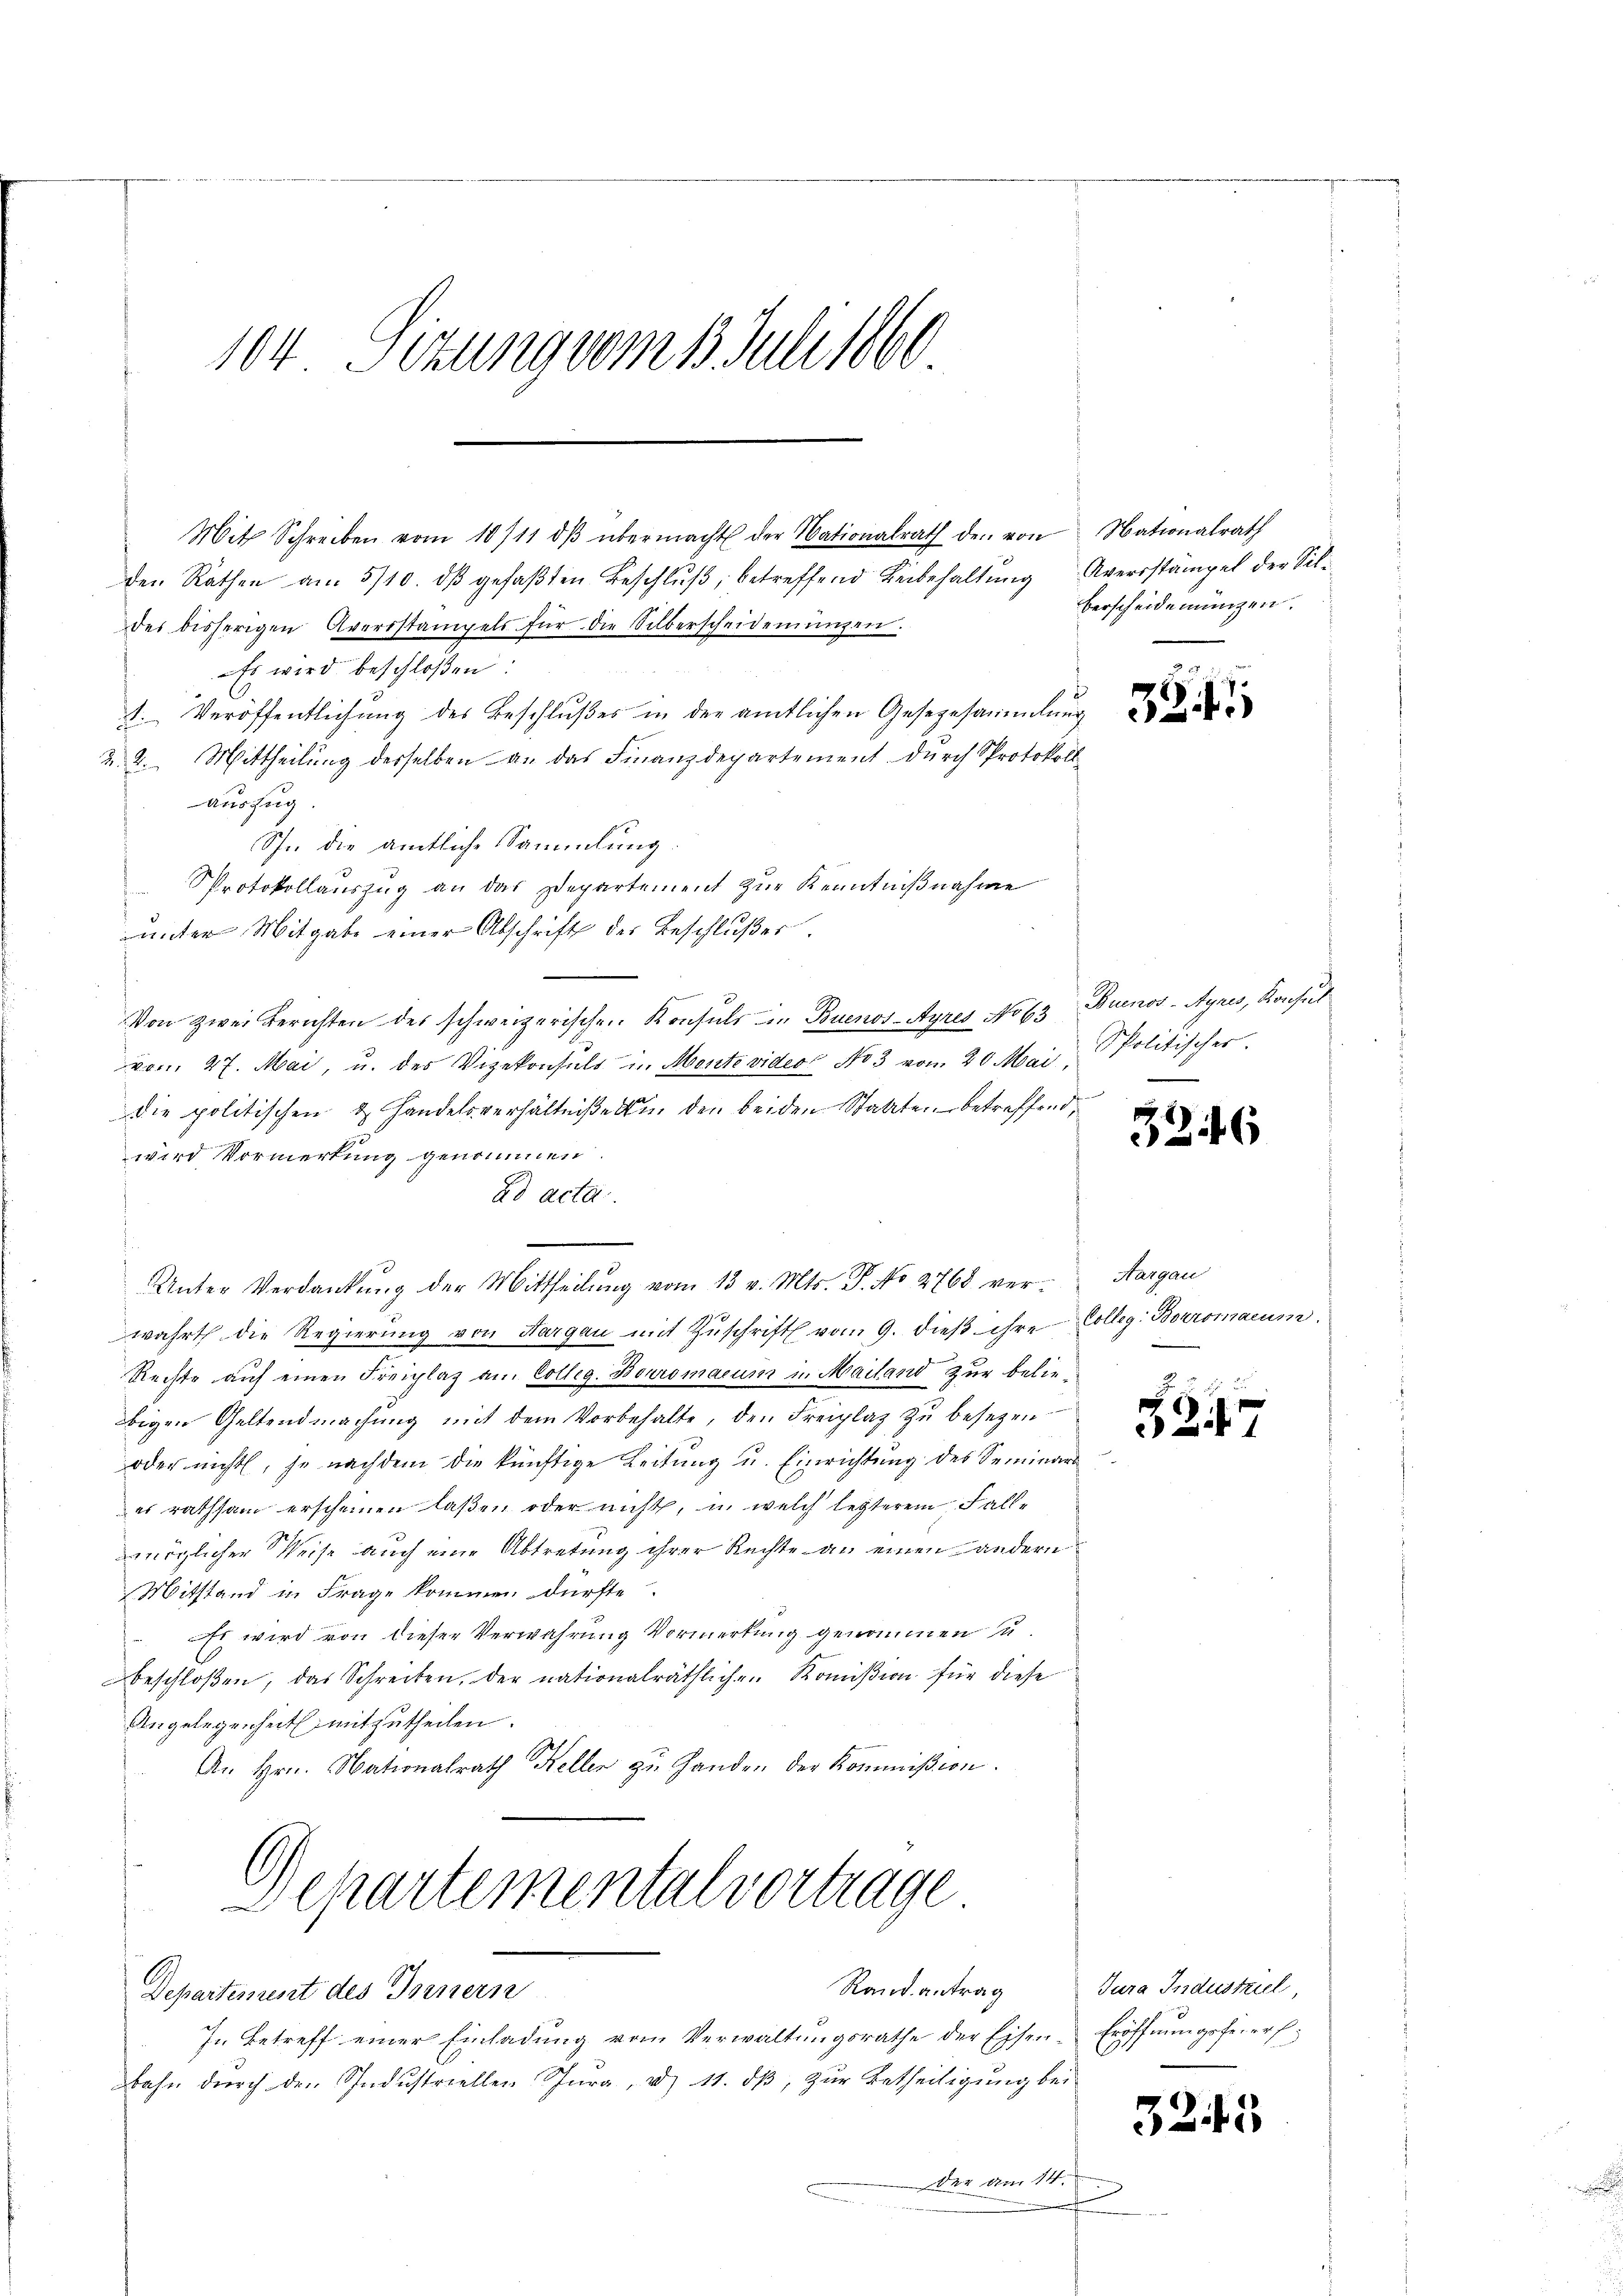
104 Sizung vom 1. Juli 1860

den Räthen am 5/10. dβ gefaβten Beschluß, betreffend Beibehaltung Averstämpel der Sildes bisherigen Averstampels für die Silberscheidenŭngen.
Es wird beschloßen:
1. Veröffentlichŭng des Beschlŭβes in der amtlichen Gesezesammlung
2. 2. Mittheilung derselben an das Finanzdepartement durch Protokoll
auszug.
Sp. die amtliche Sammlung
Protokollauszug an das Departement zur Kenntnißnahme
unter Mitgabe einer Abschrift der Beschlußes.
Von zwei Berichten des schweizerischen Konsuls in Buenos-Ayres No 63 Buenos-Ayres, Konsul
vom 27. Mai, u. des Vizekonsuls in Montevideo No 3 vom 20. Mai,
die politischen & Handelsverhältniße in den beiden Statten betreffend,
wird Vormerkung genommen.
ad acta.
Unter Verdankung der Mittheilung vom 13 v. Mts. P. No 2768 ver-Aargau
wahrt die Regierŭng von Aargau mit Zŭschrift vom 9. dieβ ihre Colleg. Boromaeum.
Rechte auf einen Freiplaz am Colleg. Boromacum in Mailand zur beliebigen Geltendmachung mit dem Vorbehalte, den Freiplaz zu besezen
oder nicht, je nachdem die künftige Leitung u. Einrichtung des Seminars
er rathsam erscheinen laßen oder nicht, in welch lezterem Falle
möglicher Weise auch eine Abtretung ihrer Rechte an einen andern
Mitstand in Frage kommen dürfte.
Es wird von dieser Verwahrung Vormerkung genommen u.
beschloßen, das Schreiben, der nationalräthlichen Komision für diese
Angelegenheit mitzutheilen.
An Hrn. Nationalrath Keller zu Handen der Kommißion.
Departemental vortrage
Rand antrag
Departement des Tornern
J. Betreff einer Einladŭng vom Verwaltŭngsrathe der Eisen-Eröffnungsfeierf
bahn durch den Industriellen Jura, d. 11. dβ, zur Betheiligung bei
der am 14.

Mit Schreiben vom 10/11 dβ übermacht der Nationalrath den von Nationalrath

berscheidemungen.

Ppolitischer.

3246

5247

Jura Industrich,

325